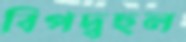
বিপদ্‌বহুল